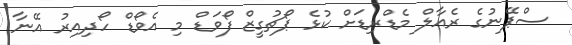
ސްޕޭނުގެ ރެއާލް މެޑްރިޑަށް ކުޅެ ޕޯޗުގީޒް ފޯވަޑް މި އެވޯޑް ހޯދިއިރު އޭނާ